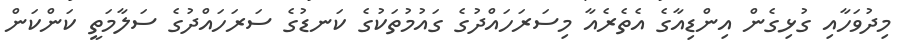
މިދުވަހާއި ގުޅިގެން އިންޑިއާގެ އެތެރެއާ މިސަރަހައްދުގެ ގައުމުތަކުގެ ކަނޑުގެ ސަރަހައްދުގެ ސަލާމަތީ ކަންކަން